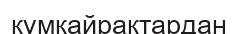
құмқайрақтардан